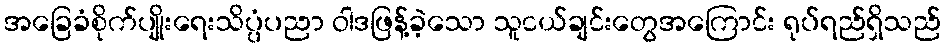
အခြေခံစိုက်ပျိုးရေးသိပ္ပံပညာ ဝါဒဖြန့်ခဲ့သော သူငယ်ချင်းတွေအကြောင်း ရုပ်ရည်ရှိသည်